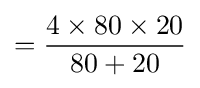
={4\times 80\times 20 \over 80+20}